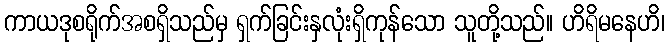
ကာယဒုစရိုက်အစရှိသည်မှ ရှက်ခြင်းနှလုံးရှိကုန်သော သူတို့သည်။ ဟိရိမနေဟိ၊